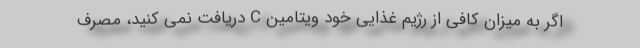
اگر به میزان کافی از رژیم غذایی خود ویتامین C دریافت نمی کنید، مصرف